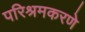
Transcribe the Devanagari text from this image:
परिश्रमकरणे